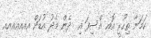
ކަމަނާ ތިހުރީ އޮއ އްސިފަ އި  ދެން މެދު އުޑަށް އއއއއއއ